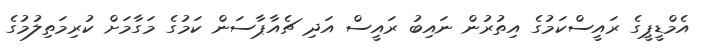
އެމްޑީޕީގެ ރައީސްކަމުގެ އިތުރުން ނައިބު ރައީސް އަދި ޗެއާޕާސަން ކަމުގެ މަގާމަށް ކުރިމަތިލުމުގެ